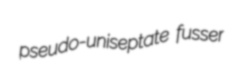
pseudo-uniseptate fusser